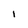
Character: 1